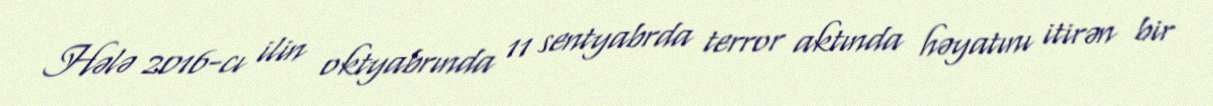
Hələ 2016-cı ilin oktyabrında 11 sentyabrda terror aktında həyatını itirən bir